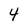
Character: 4